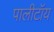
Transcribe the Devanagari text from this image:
पालीटॉय